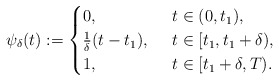
\begin{align*}\psi_\delta(t):=\begin{cases}0,&\,\,\,t \in (0, t_1), \\\frac{1}{\delta}(t-t_1), &\,\,\,t \in [t_1, t_1+\delta),\\1,&\,\,\,t \in [t_1+\delta, T).\end{cases}\end{align*}